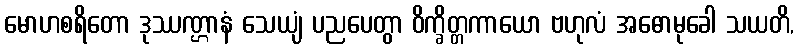
မောဟစရိတော ဒုဿဏ္ဌာနံ သေယျံ ပညပေတွာ ဝိက္ခိတ္တကာယော ဗဟုလံ အဓောမုခေါ သယတိ,